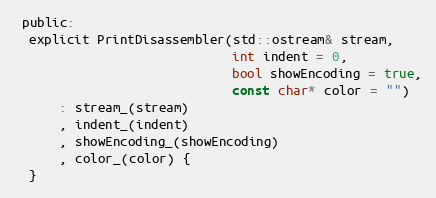
Language: C
 public:
  explicit PrintDisassembler(std::ostream& stream,
                             int indent = 0,
                             bool showEncoding = true,
                             const char* color = "")
      : stream_(stream)
      , indent_(indent)
      , showEncoding_(showEncoding)
      , color_(color) {
  }